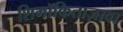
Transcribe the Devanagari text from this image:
शिमॉकिताज़ावा